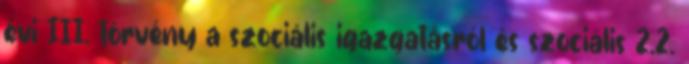
évi III. törvény a szociális igazgatásról és szociális 2.2.